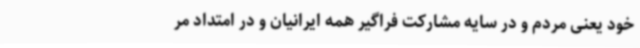
خود یعنی مردم و در سایه مشارکت فراگیر همه ایرانیان و در امتداد مر